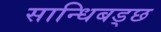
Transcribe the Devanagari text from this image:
सान्धिबड्छ